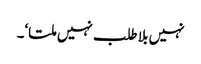
نہیں بلا طلب نہیں ملتا‘۔